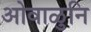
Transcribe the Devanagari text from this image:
ओवाळुनि